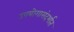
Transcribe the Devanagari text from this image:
उपयोगासंदर्भात